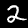
Label: 2